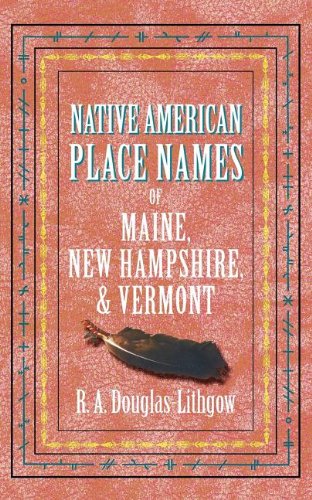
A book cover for Native American Place Names ME, NH, VT; Travel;